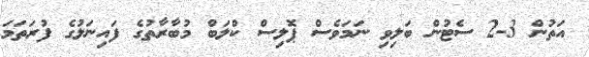
އަތުން 3-2 ސެޓުން ބަލިވި ނަމަވެސް ޕޮލިސް ކްލަބް މުބާރާތުގެ ފައިނަލުގެ ފުރަތަމަ